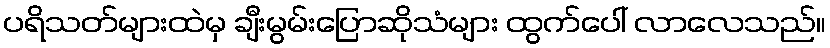
ပရိသတ်များထဲမှ ချီးမွမ်းပြောဆိုသံများ ထွက်ပေါ် လာလေသည်။